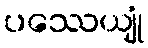
ပဿေယျုံ